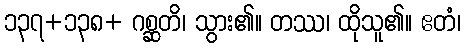
၁၃၇+၁၃၈+ ဂစ္ဆတိ၊ သွား၏။ တဿ၊ ထိုသူ၏။ ဧတံ၊